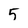
Character: 5